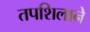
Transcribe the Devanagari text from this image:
तपशिलाने